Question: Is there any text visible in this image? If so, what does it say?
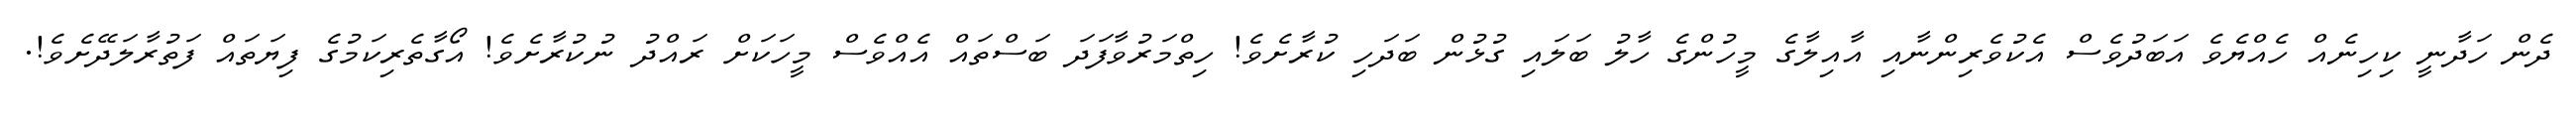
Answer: ދެން ހަދާނީ ކިހިނެއް ހެއްޔެވެ އަބަދުވެސް އެކުވެރިންނާއި އާއިލާގެ މީހުންގެ ހާލު ބަލައި ގުޅުން ބަދަހި ކުރާށެވެ! ހިތްމަރުވާފަދަ ބަސްތައް އެއްވެސް މީހަކަށް ރައްދު ނުކުރާށެވެ! އޯގާތެރިކަމުގެ ފިޔަތައް ފަތުރާލަދޭށެވެ!.